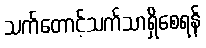
သက်တောင့်သက်သာရှိစေရန်